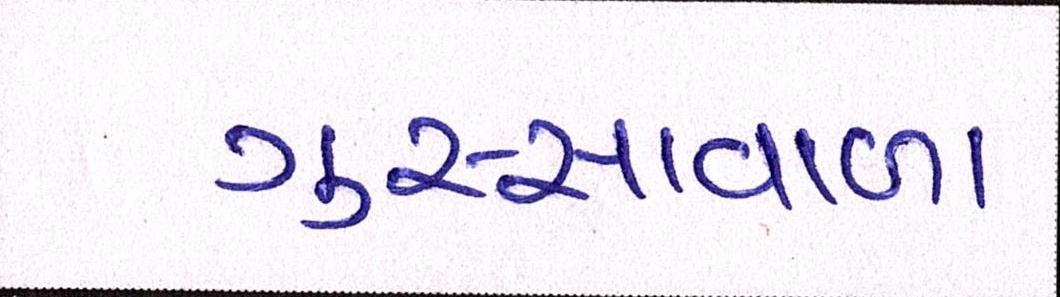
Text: ગુસ્સાવાળા